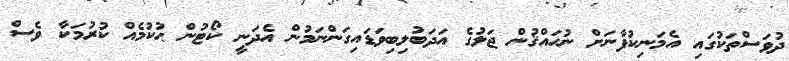
ދުވަސްތަކުގައި އެމަނިކުފާނަށް ނުޙައްޤުން ޖަލުގެ އަދަބުލިބިވަޑައިގަންނަމުން އެދަނީ ކޯޓުން ޙުކުމެއް ކުރުމަކާ ވެސް